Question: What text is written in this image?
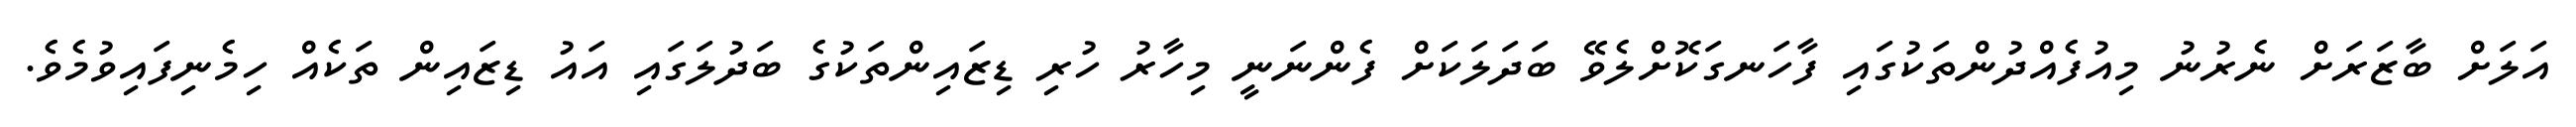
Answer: އަލަށް ބާޒަރަށް ނެރުނު މިއުފެއްދުންތަކުގައި ފާހަނގަކޮށްލެވޭ ބަދަލަކަށް ފެންނަނީ މިހާރު ހުރި ޑިޒައިންތަކުގެ ބަދުލަގައި އައު ޑިޒައިން ތަކެއް ހިމެނިފައިވުމެވެ.